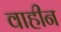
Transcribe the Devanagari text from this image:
वाहीन